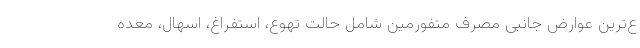
ع‌ترین عوارض جانبی مصرف متفورمین شامل حالت تهوع، استفراغ، اسهال، معده